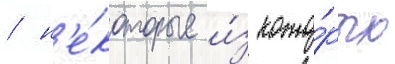
/ н'е́которые и́з кото́рых